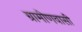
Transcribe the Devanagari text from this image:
ग्रामीणवासी